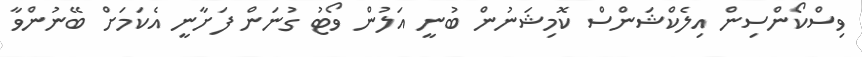
ވިސްކޯންސިން އިލެކްޝަންސް ކޮމިޝަނުން ބުނީ އަލުން ވޯޓު ގުނަން ފަށާނީ އެކަމަށް ބޭނުންވާ